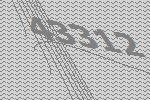
43312